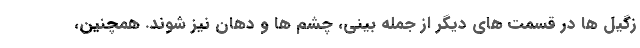
زگیل ها در قسمت های دیگر از جمله بینی، چشم ها و دهان نیز شوند. همچنین،